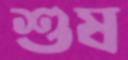
শুষ